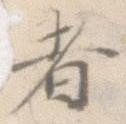
者